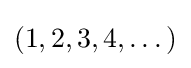
(1,2,3,4,\dots )